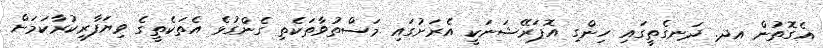
އެގޮތުން އދ. ދަނގެތީގައި ހިންގި އޮޕަރޭޝަނަކީ އެރަށުގައި މަސްތުވާތަކެތި ގެންގުޅެ އެތަކެތީގެ ވިޔަފާރިކުރާކަމަށް